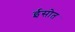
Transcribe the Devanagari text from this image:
ईसोत